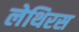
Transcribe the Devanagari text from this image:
लेथिरस